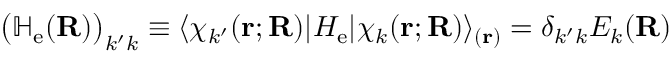
{ \big ( } \mathbb { H } _ { \mathrm { e } } ( \mathbf { R } ) { \big ) } _ { k ^ { \prime } k } \equiv \langle \chi _ { k ^ { \prime } } ( \mathbf { r } ; \mathbf { R } ) | H _ { \mathrm { e } } | \chi _ { k } ( \mathbf { r } ; \mathbf { R } ) \rangle _ { ( \mathbf { r } ) } = \delta _ { k ^ { \prime } k } E _ { k } ( \mathbf { R } )